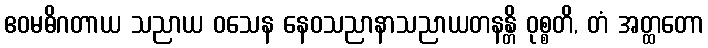
ဧဝမဓိဂတာယ သညာယ ဝသေန နေဝသညာနာသညာယတနန္တိ ဝုစ္စတိ, တံ အတ္ထတော